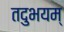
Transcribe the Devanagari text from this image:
तदुभयम्